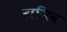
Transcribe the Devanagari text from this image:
हाज़िब